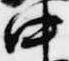
中